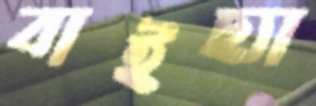
বাইছ্যা